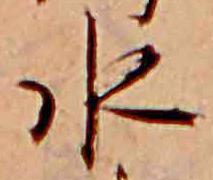
水